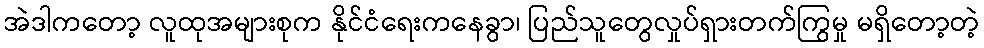
အဲဒါကတော့ လူထုအများစုက နိုင်ငံရေးကနေခွာ၊ ပြည်သူတွေလှုပ်ရှားတက်ကြွမှု မရှိတော့တဲ့